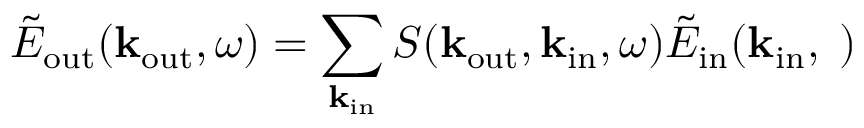
\tilde { E } _ { \mathrm { o u t } } ( { \bf k } _ { \mathrm { o u t } } , \omega ) = \sum _ { { \bf k } _ { \mathrm { i n } } } S ( { \bf k } _ { \mathrm { o u t } } , { \bf k } _ { \mathrm { i n } } , \omega ) \tilde { E } _ { \mathrm { i n } } ( \bf k _ { \mathrm { i n } } , \omega )